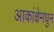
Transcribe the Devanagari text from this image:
आकांक्षेमधुन